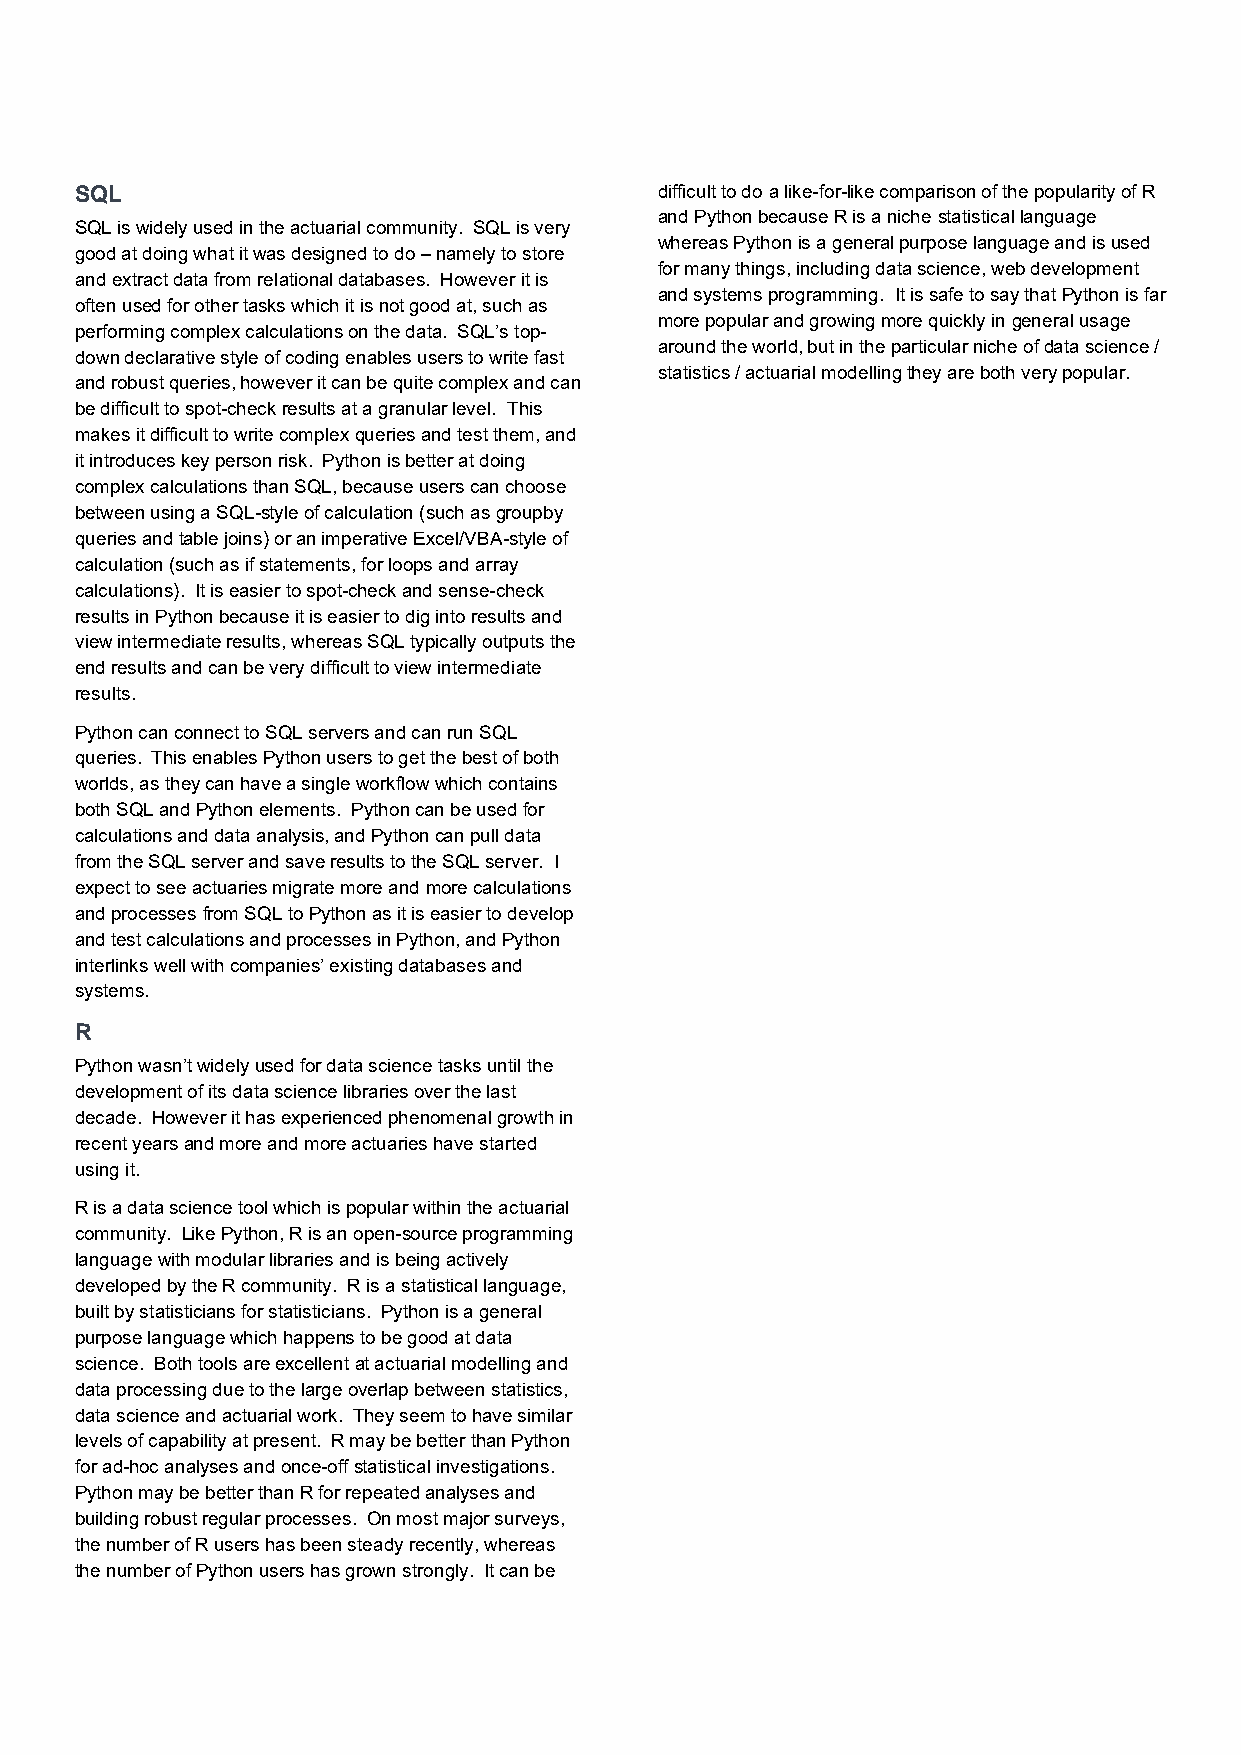
SQL                                    difficult to do a like-for-like comparison of the popularity of R
 and Python because R is a niche statistical language
 SQL is widely used in the actuarial community. SQL is very
 whereas Python is a general purpose language and is used
 good at doing what it was designed to do – namely to store
 for many things, including data science, web development
 and extract data from relational databases. However it is
 and systems programming. It is safe to say that Python is far
 often used for other tasks which it is not good at, such as
 more popular and growing more quickly in general usage
 performing complex calculations on the data. SQL’s top-
 around the world, but in the particular niche of data science /
 down declarative style of coding enables users to write fast
 statistics / actuarial modelling they are both very popular.
 and robust queries, however it can be quite complex and can
 be difficult to spot-check results at a granular level. This
 makes it difficult to write complex queries and test them, and
 it introduces key person risk. Python is better at doing
 complex calculations than SQL, because users can choose
 between using a SQL-style of calculation (such as groupby
 queries and table joins) or an imperative Excel/VBA-style of
 calculation (such as if statements, for loops and array
 calculations). It is easier to spot-check and sense-check
 results in Python because it is easier to dig into results and
 view intermediate results, whereas SQL typically outputs the
 end results and can be very difficult to view intermediate
 results.
 Python can connect to SQL servers and can run SQL
 queries. This enables Python users to get the best of both
 worlds, as they can have a single workflow which contains
 both SQL and Python elements. Python can be used for
 calculations and data analysis, and Python can pull data
 from the SQL server and save results to the SQL server. I
 expect to see actuaries migrate more and more calculations
 and processes from SQL to Python as it is easier to develop
 and test calculations and processes in Python, and Python
 interlinks well with companies’ existing databases and
 systems.
 R
 Python wasn’t widely used for data science tasks until the
 development of its data science libraries over the last
 decade. However it has experienced phenomenal growth in
 recent years and more and more actuaries have started
 using it.
 R is a data science tool which is popular within the actuarial
 community. Like Python, R is an open-source programming
 language with modular libraries and is being actively
 developed by the R community. R is a statistical language,
 built by statisticians for statisticians. Python is a general
 purpose language which happens to be good at data
 science. Both tools are excellent at actuarial modelling and
 data processing due to the large overlap between statistics,
 data science and actuarial work. They seem to have similar
 levels of capability at present. R may be better than Python
 for ad-hoc analyses and once-off statistical investigations.
 Python may be better than R for repeated analyses and
 building robust regular processes. On most major surveys,
 the number of R users has been steady recently, whereas
 the number of Python users has grown strongly. It can be